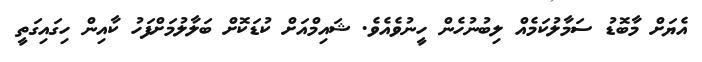
އެޔަށް މާބޮޑު ސަމާލުކަމެއް ލިބުނުހެން ހީނުވެއެވެ. ޝައިމްއަށް ކުޑަކޮށް ބަލާލުމަށްފަހު ކާއިން ހިގައިގަތީ